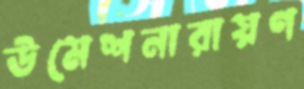
উমেশনারায়ণ